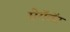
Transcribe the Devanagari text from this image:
मेगॅवॅट